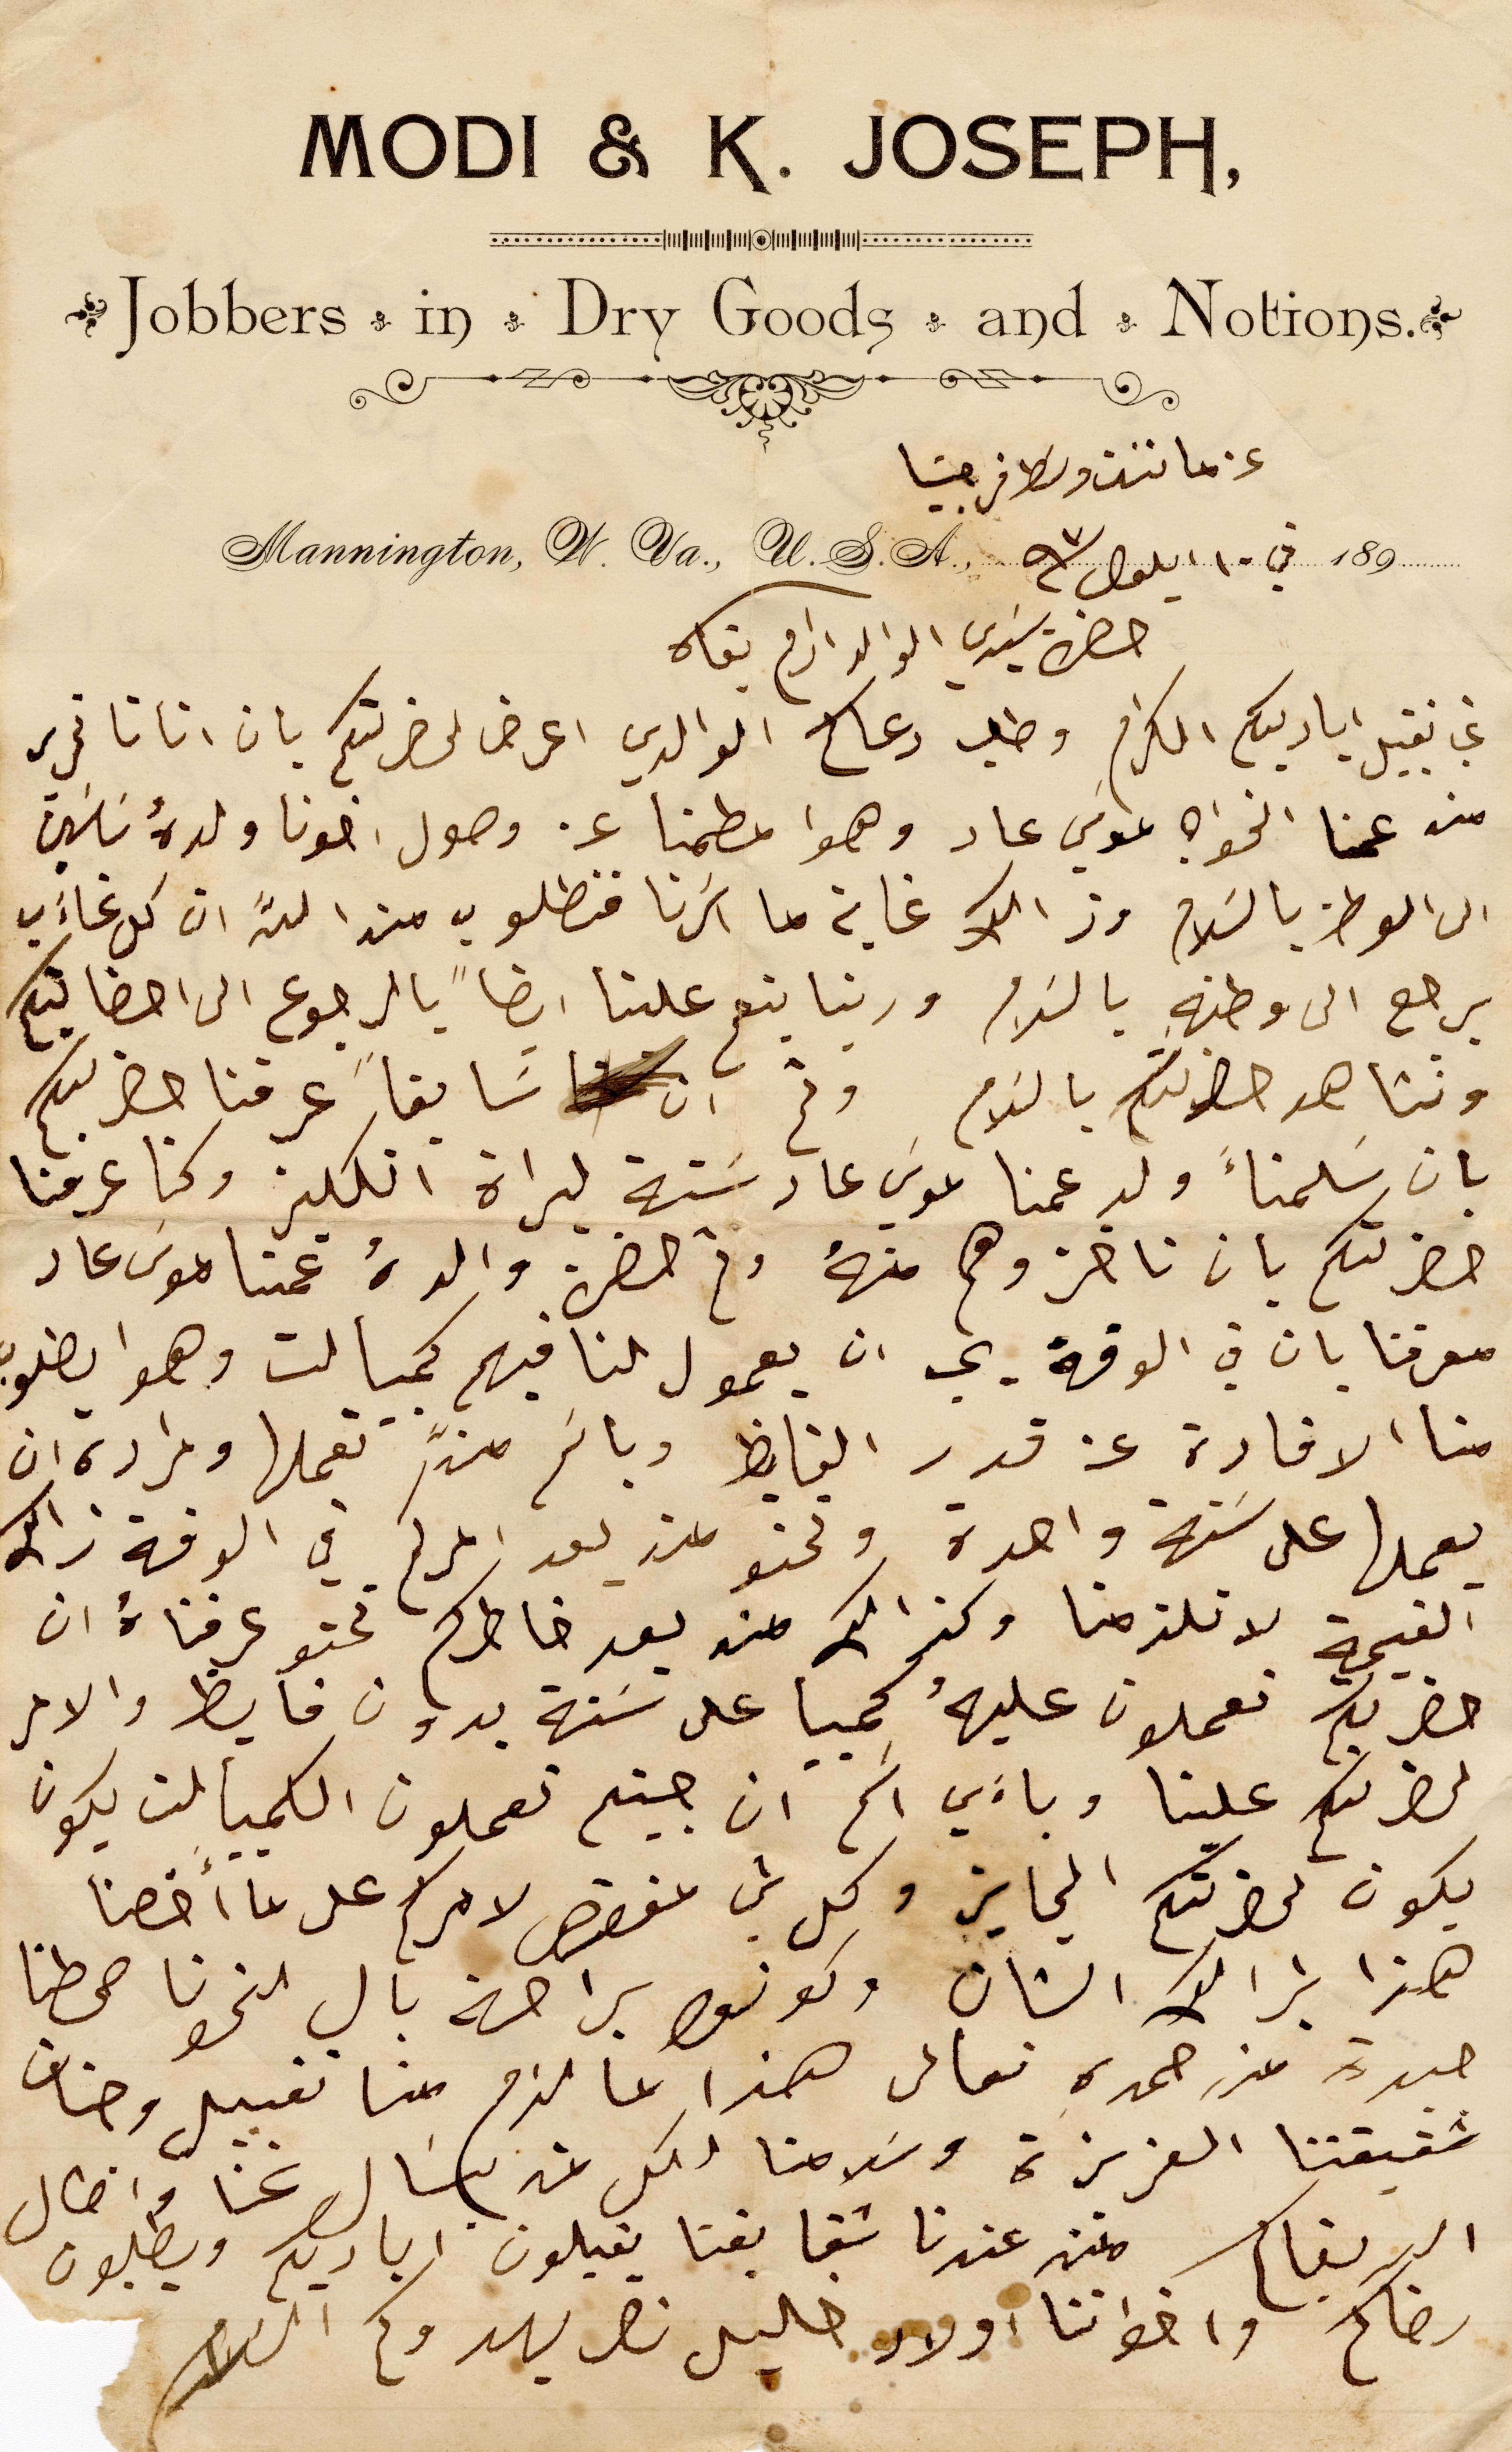
MODI & K. JOSEPH,
Jobbers * in * Dry Goods * and * Notions *
عن ماننت وسَط فرجنيا
Mannington, N. Va. U.S.A., في ١٠ ايلول سنة ٩٣ 189
حضرة سَيدي الوالد ادام بقاه
غب تقبيل اياديكم الكرام وطلب دعاكم الوالدي اعرض لحضرتكم بان اتانا تحرير
من عمنا الخواجه موسَي عاد وهوا مطمنا عن وصول اخونا ولدهُ سَاسَين
الى الوطن بالسَلام وذالك غاية ما اسَرنا فنطلوب من الله ان كل غاءَب
يرجع الى وطنهِ بالسَلام وربنا ينعم علينا ايضاً بالرجوع الى احضانكم
ونشاهد حضرتكم بالسَلام وثم ان سَابقاً عرفنا حضرتكم
بان سَلمنأَ ولد عمنا موسَي عاد سَتة ليراة انكليز وكنا عرفنا
حضرتكم بان تاخزوهم منهً وثم حضرة والدهُ عمنا موسَى عاد
معرفنا بان في الوقة يجب ان يعمول لنا فيهم كمبيالت وهوا يطلوب
منا الافادة عن قدر الفايظ وباسَم من تعملها ومراده ان
يعملها على سَنة واحدة ونحنو من بعد امركم في الوقة ذاك
القيمة لا تلزمنا وكذالك من بعد خاطركم نحنو عرفناهُ ان
حضرتكم تعملون عليهُ كمبيا على سَنة بدون فايظ والامر
لحضرتكم علينا وباءَي اسَم ان جيتم تعملون الكمبيالت يكون
يكون لحضرتكم الجايز وكل شي مفقط لامركم على ما أخصنا
هذا بذالك الشان وكونوا براحة بال لنحونا صيطنا
جيدة من حمده تعالى هذا ما لزم منا تقبيل وجنات
شقيقتنا العزيزة وسَلامنا لكل من يسَال عنا واطال
البر بقاكم منن عندنا شقايقنا يقبلون اياديكم ويطلبون
رضاكم واخواننا اولاد خليل نصر يهدوكم السَلام